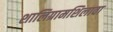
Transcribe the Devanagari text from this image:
शालिग्रामशिलावा